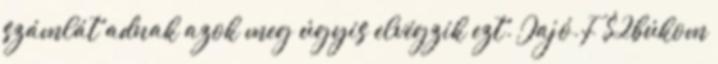
számlát adnak azok meg úgyis elvégzik ezt. Jajó.F $2búkom